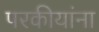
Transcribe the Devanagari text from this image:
परकीयांना